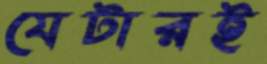
যেটারই